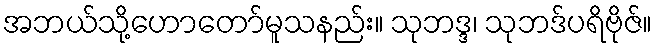
အဘယ်သို့ဟောတော်မူသနည်း။ သုဘဒ္ဒ၊ သုဘဒ်ပရိဗိုဇ်။